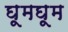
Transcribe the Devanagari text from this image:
घूमघूम